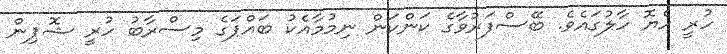
ހުރީ ހެޔޮ ހާލުގައެވެ. ބޭސްފަރުވާގެ ކަންކަން ނިމުމާއެކު ބައްޕަގެ މިސްރާބު ހުރީ ޝޮޕިން